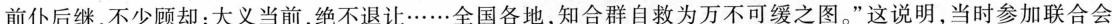
前仆后继，不少顾却；大义当前，绝不退让……全国各地，知合群自救为万不可缓之图。”这说明，当时参加联合会